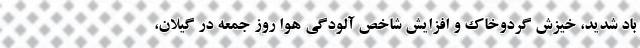
باد شدید، خیزش گردوخاک و افزایش شاخص آلودگی هوا روز جمعه در گیلان،